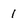
Character: 1